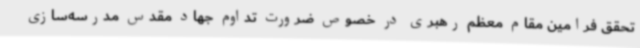
تحقق فرامین مقام معظم رهبری در خصوص ضرورت تداوم جهاد مقدس مدرسه‌سازی